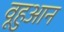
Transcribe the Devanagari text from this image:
वूहुआन